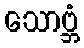
သောဗ္ဘံ